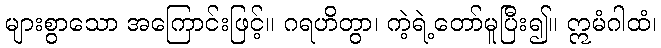
များစွာသော အကြောင်းဖြင့်။ ဂရဟိတွာ၊ ကဲ့ရဲ့တော်မူပြီး၍။ ဣမံဂါထံ၊